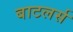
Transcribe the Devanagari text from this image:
बाटलर्स